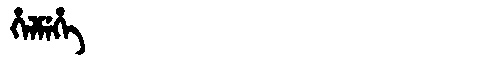
Manchu: ᡥᡝᠯᠮᡝᡥᡝ
Romanization: HELMEHE